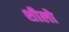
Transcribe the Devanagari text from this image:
शीलो